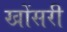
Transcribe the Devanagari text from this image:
खोंसरी